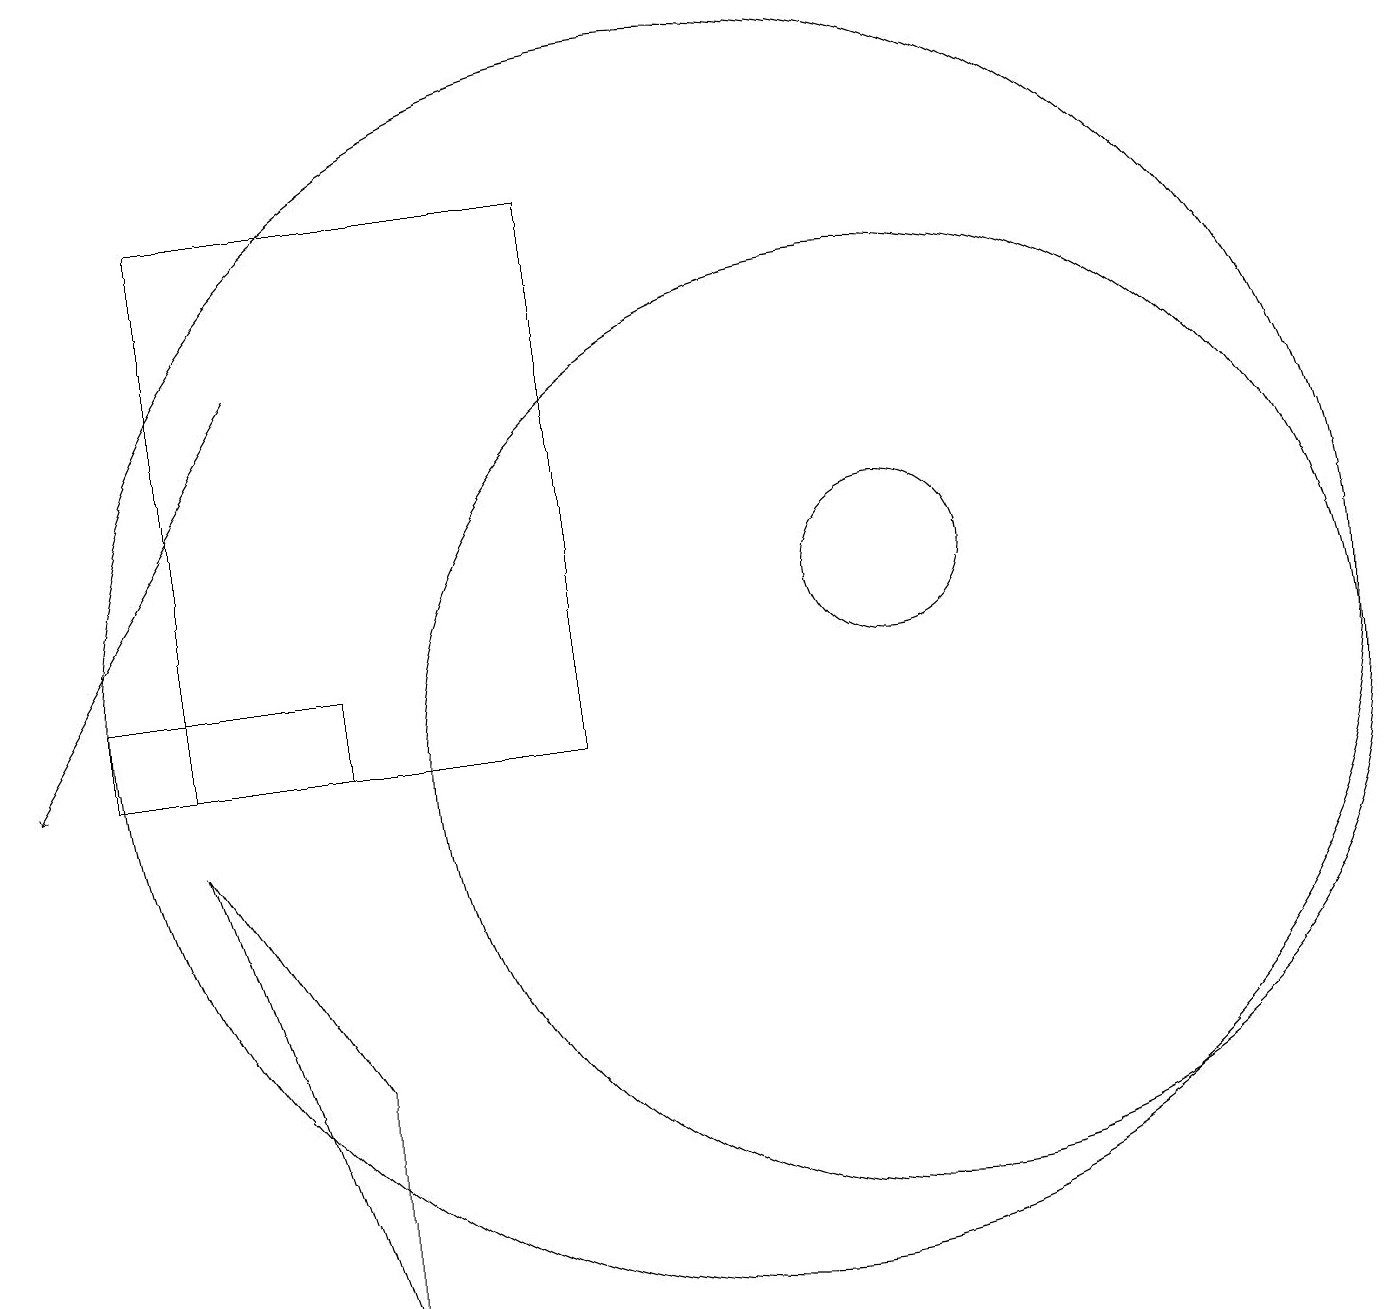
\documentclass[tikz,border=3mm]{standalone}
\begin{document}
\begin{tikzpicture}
\draw (12,12) circle (1);
\draw (3,17) rectangle (8,10);
\draw (2,11) rectangle (5,10);
\draw[->] (4,15) -- (1,10);
\draw (10,11) circle (8);
\draw (5,6) -- (3,9) -- (5,3) -- cycle;
\draw (12,10) circle (6);
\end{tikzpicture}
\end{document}